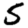
Digit: 5